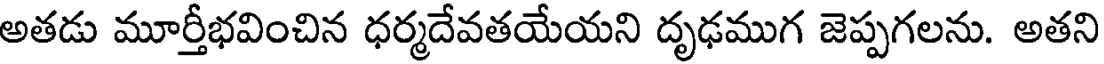
అతడు మూర్తీభవించిన ధర్మదేవతయేయని దృఢముగ జెప్పగలను. అతని